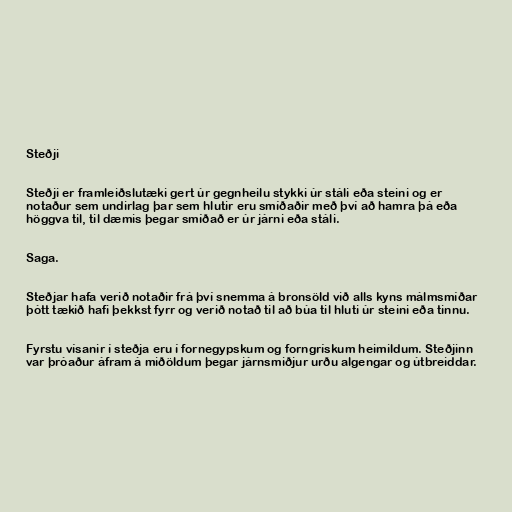
Steðji

Steðji er framleiðslutæki gert úr gegnheilu stykki úr stáli eða steini og er
notaður sem undirlag þar sem hlutir eru smíðaðir með því að hamra þá eða
höggva til, til dæmis þegar smíðað er úr járni eða stáli.

Saga.

Steðjar hafa verið notaðir frá því snemma á bronsöld við alls kyns málmsmíðar
þótt tækið hafi þekkst fyrr og verið notað til að búa til hluti úr steini eða tinnu.

Fyrstu vísanir í steðja eru í fornegypskum og forngrískum heimildum. Steðjinn
var þróaður áfram á miðöldum þegar járnsmiðjur urðu algengar og útbreiddar.